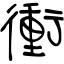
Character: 衝